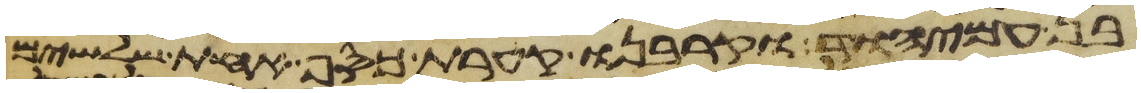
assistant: בן עמיהוד וקרבנו קערת כסף אחת שלשים